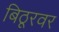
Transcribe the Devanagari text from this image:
बिठूरवर